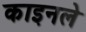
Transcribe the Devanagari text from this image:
काइनले